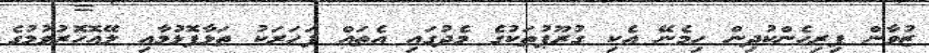
ޒުވާން ފިރިހެންކުދިން ހިމެނޭ އެކި ގުރޫޕުތަކުގެ މެދުގައި އެތައް ފަހަރަކު ތަޅާފޮޅުމާއި ލޭއޮހޮރުވުމުގެ